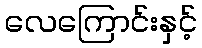
လေကြောင်းနှင့်